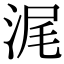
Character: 浘